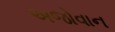
અજોવાન